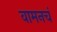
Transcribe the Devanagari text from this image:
वामनचं